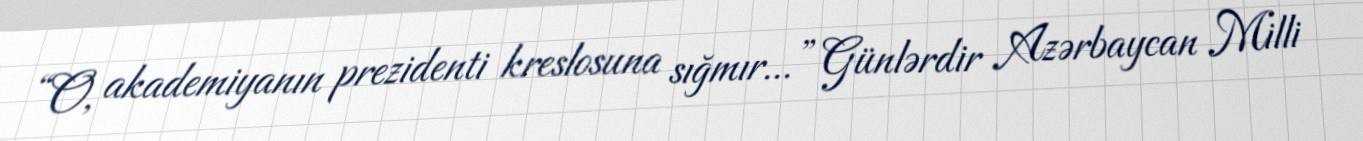
“O, akademiyanın prezidenti kreslosuna sığmır...” Günlərdir Azərbaycan Milli